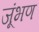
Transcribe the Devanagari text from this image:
जूंभण